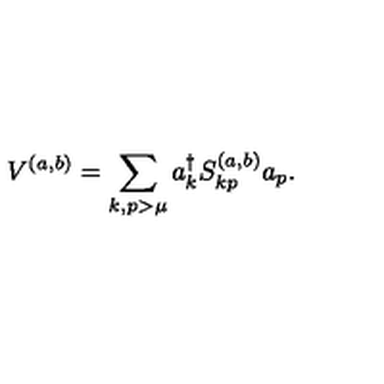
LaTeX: V ^ { ( a , b ) } = \sum _ { k , p > \mu } a _ { k } ^ { \dagger } S _ { k p } ^ { ( a , b ) } a _ { p } .